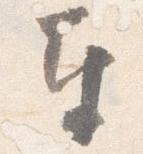
奉